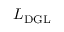
{ \cal L } _ { \mathrm { D G L } }